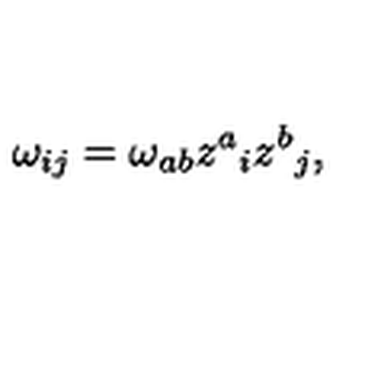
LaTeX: \omega _ { i j } = \omega _ { a b } z ^ { a } { } _ { i } z ^ { b } { } _ { j } ,